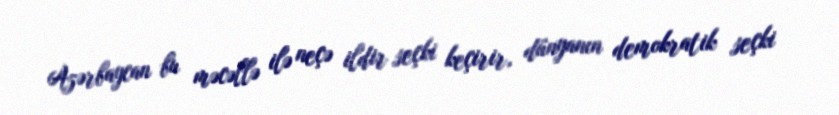
Azərbaycan bu məcəllə ilə neçə ildir seçki keçirir, dünyanın demokratik seçki